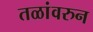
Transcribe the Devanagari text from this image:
तळांवरुन